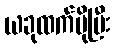
ယခုထက်ပိုပြီး